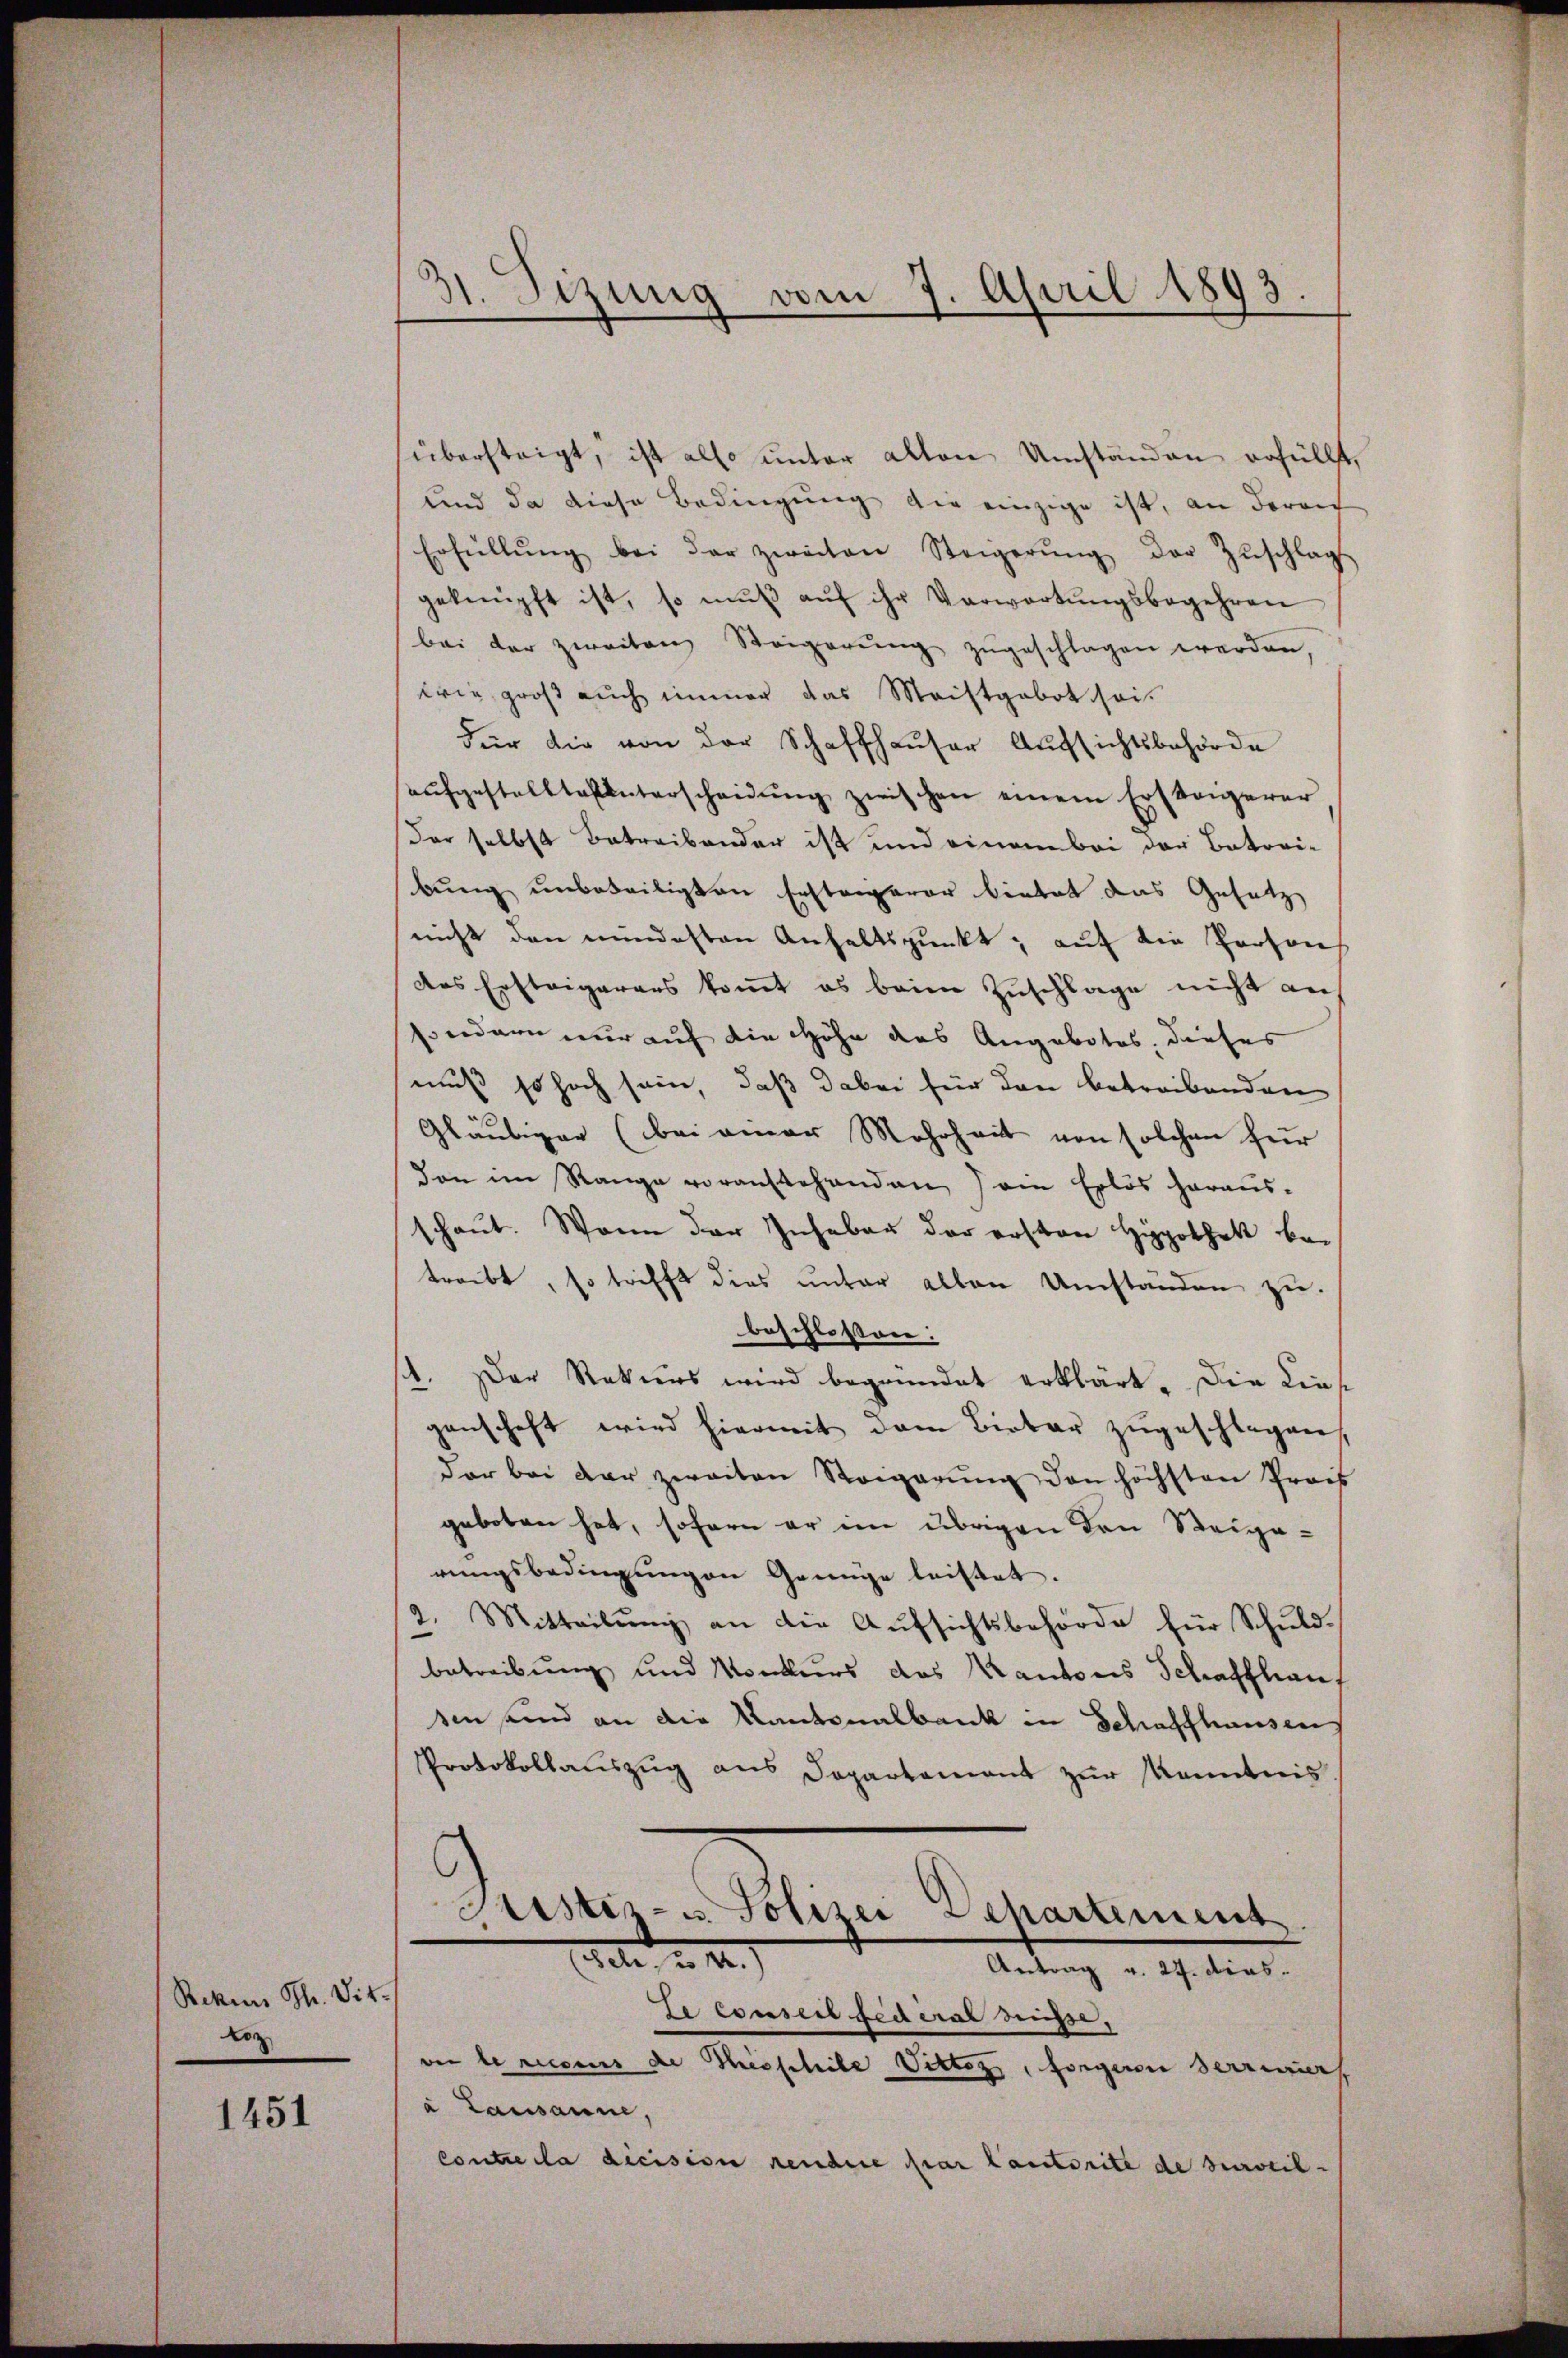
Rekens Th. Tit.
Lo

1451

sübersteigt, ist also unter alten Umständen erfüllt
und da diese Bedingung die einzige ist, an daran
Erfüllŭng bei der zweiten Steigerŭng der Zŭschlags
geknüpft ist, so mŭβ aŭf ihr Verwartungsbegehren
bei der zweiten Steigerŭng zŭgeschlagen werden
wie groß auch immer das Meistgebot sei.
Für die von der Schaffhaŭser Aŭfsichtsbehörde
aŭfgestellte unterscheidŭng zwischen einem Erstagerer
Der selbst Betreibender ist und einem bei der Batori-
bung unbeweiligten Erstaerar bietet das Gesetz
nicht den mindesten Anhaltspunkt, auf die Persons
das Ersteigerers kommt es beim Zuschlage nicht an
sondern nur auf die Höhe das Angebotes, dieses
muß so hoch sein, daß dabei für den betreibenden
Gläubiger (bei einer Mehrheit von solchen für
von im Range voranstehenden ein Erlös heraus-
schaut. Wenn der Inhaber der ersten Hypothek be-
treibt, so trifft dies unter allen Umständen zu.
beschlossen:
st. Der Rekurs wird begründet erklärt. Die Liegenschaft wird hiermit dem Bieber zŭgeschlagen.
dar bei der zweiten Steigerŭng den höchsten Preis
geboten hat, sofern er im übrigen den Steigerŭngsbedingŭngen Genüge leistet.
2. Mitteilung an die Aufsichtsbehörde für Schuld.
betreibung und Konkurs des Kantons Schaffhaus
sen sind an die Kantonalbank in Schaffhausen
Protokollaŭszŭg ans Departement zŭr Kenntnis
Sistis- u. Polizei Departement
ete u. 12.
Antrag v. 27. dies.
Le conseil federal rise,
ver le recens de Theeschile Vitter, sorgeren Herreier
à Lausanne,
Contre la dicision rendere par lautorite de surveil-

31. Sizung vom 9. April 1893.